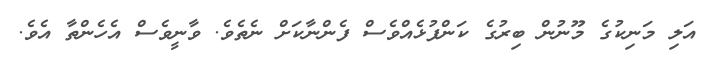
އަލި މަނިކުގެ މޫނުން ބިރުގެ ކަންފުޅެއްވެސް ފެންނާކަށް ނެތެވެ. ވާނީވެސް އެހެންތާ އެވެ.